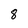
Character: 8